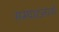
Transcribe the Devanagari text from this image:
सम्पादनार्थ